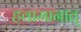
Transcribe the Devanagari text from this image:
हवामानात्